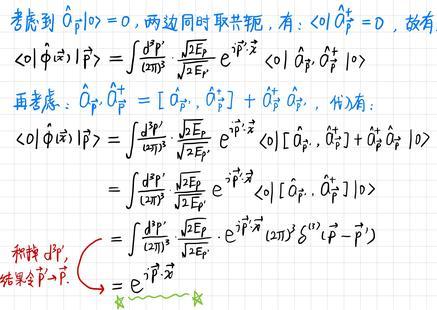
考虑到 $\hat{O}_{\vec{p}}|0\rangle = 0$，两边同时取共轭，有：$\langle 0|\hat{O}_{\vec{p}}^{\dagger}=0$，故有
\[
\begin{align*}
\langle 0|\hat{\phi}(\vec{x})|\vec{p}\rangle&=\int\frac{d^{3}p'}{(2\pi)^{3}}\frac{\sqrt{2E_{\vec{p}}}}{\sqrt{2E_{\vec{p}'}}}e^{i\vec{p}'\cdot\vec{x}}\langle 0|\hat{a}_{\vec{p}'}\hat{a}_{\vec{p}}^{\dagger}|0\rangle\\
\text{再考虑：}\hat{a}_{\vec{p}'}\hat{a}_{\vec{p}}^{\dagger}&=[\hat{a}_{\vec{p}'},\hat{a}_{\vec{p}}^{\dagger}]+\hat{a}_{\vec{p}}^{\dagger}\hat{a}_{\vec{p}'},\text{代入有}\\
\langle 0|\hat{\phi}(\vec{x})|\vec{p}\rangle&=\int\frac{d^{3}p'}{(2\pi)^{3}}\frac{\sqrt{2E_{\vec{p}}}}{\sqrt{2E_{\vec{p}'}}}e^{i\vec{p}'\cdot\vec{x}}\langle 0|[\hat{a}_{\vec{p}'},\hat{a}_{\vec{p}}^{\dagger}]+\hat{a}_{\vec{p}}^{\dagger}\hat{a}_{\vec{p}'}|0\rangle\\
&=\int\frac{d^{3}p'}{(2\pi)^{3}}\frac{\sqrt{2E_{\vec{p}}}}{\sqrt{2E_{\vec{p}'}}}e^{i\vec{p}'\cdot\vec{x}}\langle 0|[\hat{a}_{\vec{p}'},\hat{a}_{\vec{p}}^{\dagger}]|0\rangle\\
\text{利用 }d^{3}p',&=\int\frac{d^{3}p'}{(2\pi)^{3}}\frac{\sqrt{2E_{\vec{p}}}}{\sqrt{2E_{\vec{p}'}}}e^{i\vec{p}'\cdot\vec{x}}(2\pi)^{3}\delta^{(3)}(\vec{p}-\vec{p}')\\
\text{结果令 }\vec{p}'=\vec{p},&=e^{i\vec{p}\cdot\vec{x}}
\end{align*}
\]